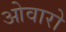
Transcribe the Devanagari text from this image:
ओवारो